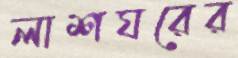
লাশঘরের